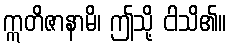
ဣတိဇာနာမိ၊ ဤသို့ ငါသိ၏။